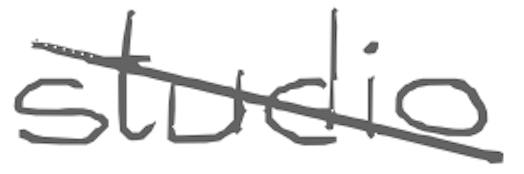
Text: studio
Cross-out: diagonal
Writing tool: digital_gray